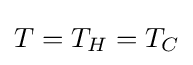
T=T_{H}=T_{C}